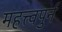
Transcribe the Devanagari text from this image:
महत्त्वपुर्न